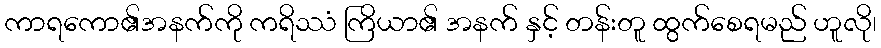
ကာရကော၏အနက်ကို ကရိဿံ ကြိယာ၏ အနက် နှင့် တန်းတူ ထွက်စေရမည် ဟူလို၊